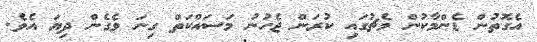
އެގޮތުން ޑެންމާކުން މެޗުގައި ކުރަން ޖެހުނު މަސައްކަތް ގިނަ ވެގެން ދިޔަ އެވެ.